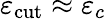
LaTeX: \varepsilon_{\mathrm{cut}}\approx\varepsilon_{c}